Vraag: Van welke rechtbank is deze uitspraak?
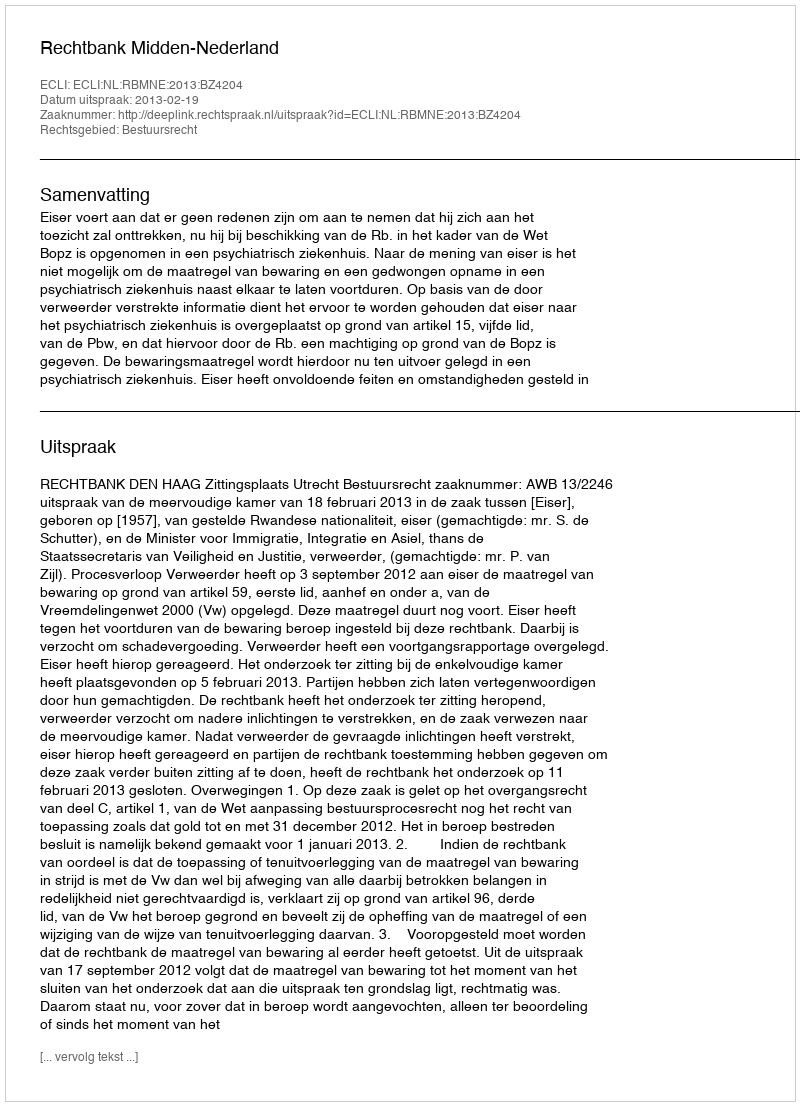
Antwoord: Rechtbank Midden-Nederland